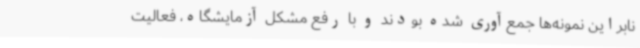
نابراین نمونه‌ها جمع‌آوری شده بودند و با رفع مشکل آزمایشگاه، فعالیت